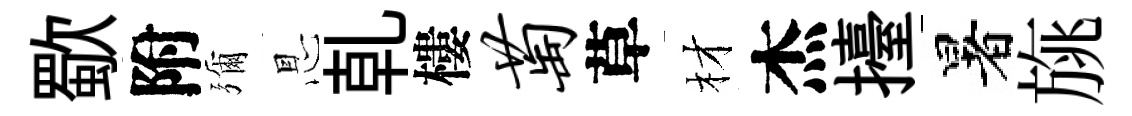
歜附彌㤙乹樓萄草材杰擡暑旐